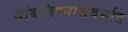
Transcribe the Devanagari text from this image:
थांबविण्यासंदर्भात